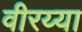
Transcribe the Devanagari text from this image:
वीरय्या